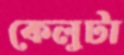
কেলুটা